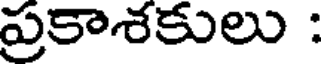
ప్రకాశకులు :